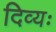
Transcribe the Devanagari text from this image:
दिव्यः